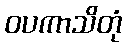
ဝပကာသိတုံ